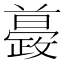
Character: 𣀚